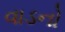
વાડનો